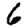
Digit: 6